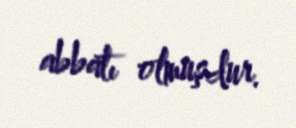
abbatı olmuşdur.